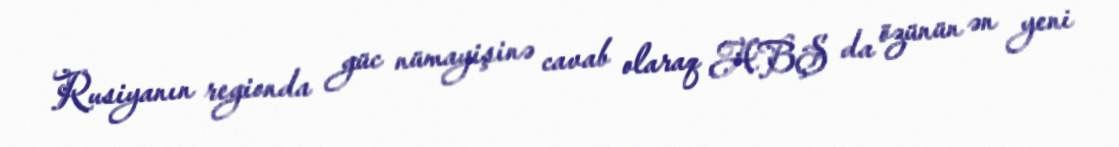
Rusiyanın regionda güc nümayişinə cavab olaraq ABŞ da özünün ən yeni